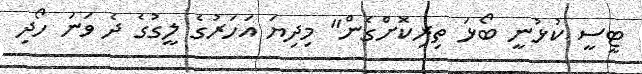
ޓީސީ ކުޅުނީ ބޯޅަ ތިރިކޮށްގެން" މިދިޔަ އަހަރުގެ ލީގުގެ ދެ ވަނަ ހޯދި